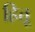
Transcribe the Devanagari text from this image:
हित्तू